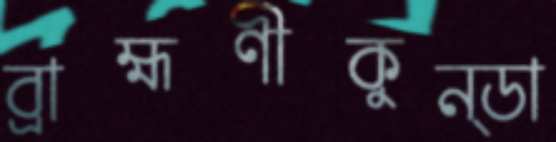
ব্রাহ্মণীকুন্ডা